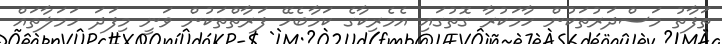
ތަފާތު މަސްދަރުތަކުން ހާމަކުރާ ގޮތުގައި އެމެރިކާގެ ކަމާބެހޭ ފަރާތްތަކުން ވަނީ މިފަދަ ހަމަލާތައް